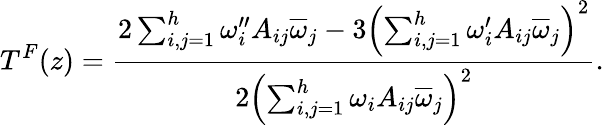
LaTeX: T^{F}(z)={\frac{2\sum_{i,j=1}^{h}\omega_{i}^{\prime\prime}A_{ij}\overline{{\omega}}_{j}-3\left(\sum_{i,j=1}^{h}\omega_{i}^{\prime}A_{ij}\overline{{\omega}}_{j}\right)^{2}}{2\left(\sum_{i,j=1}^{h}\omega_{i}A_{ij}\overline{{\omega}}_{j}\right)^{2}}}.